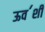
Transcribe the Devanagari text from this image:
ऊव॔शी